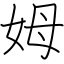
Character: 姆